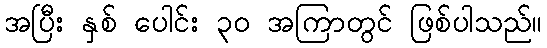
အပြီး နှစ် ပေါင်း ၃၀ အကြာတွင် ဖြစ်ပါသည်။